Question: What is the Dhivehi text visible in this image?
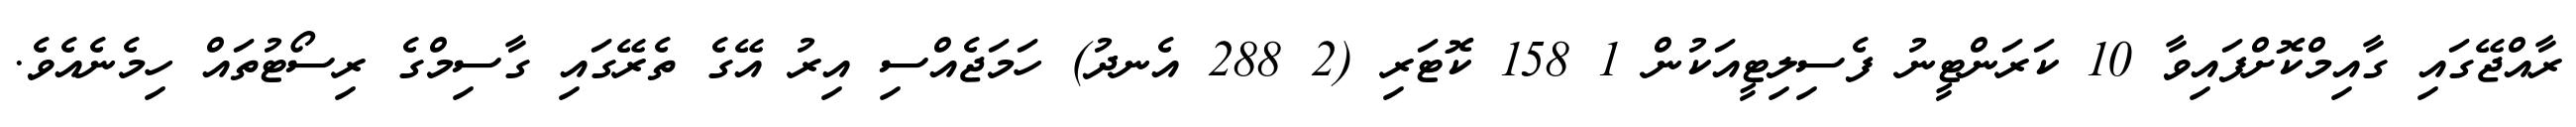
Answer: ރާއްޖޭގައި ގާއިމްކޮށްފައިވާ 10 ކަރަންޓީނު ފެސިލިޓީއަކުން 1 158 ކޮޓަރި (2 288 އެނދު) ހަމަޖެއްސި އިރު އޭގެ ތެރޭގައި ގާސިމްގެ ރިސޯޓުތައް ހިމެނެއެވެ.